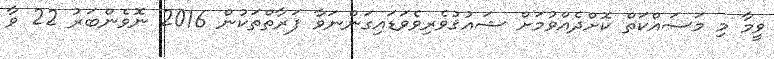
ވީމާ މި މަސައްކަތް ކޮށްދެއްވުމަށް ޝައުޤުވެރިވެވަޑައިގަންނަވާ ފަރާތްތަކުން 2016 ނޮވެންބަރު 22 ވާ